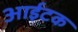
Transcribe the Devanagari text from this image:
आईटक